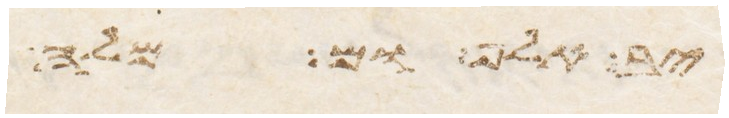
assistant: קבו אל ומה